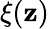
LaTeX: \xi(\mathbf{z})